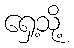
ရှေ့သို့